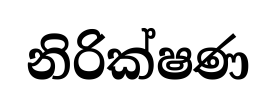
නිරික්ෂණ